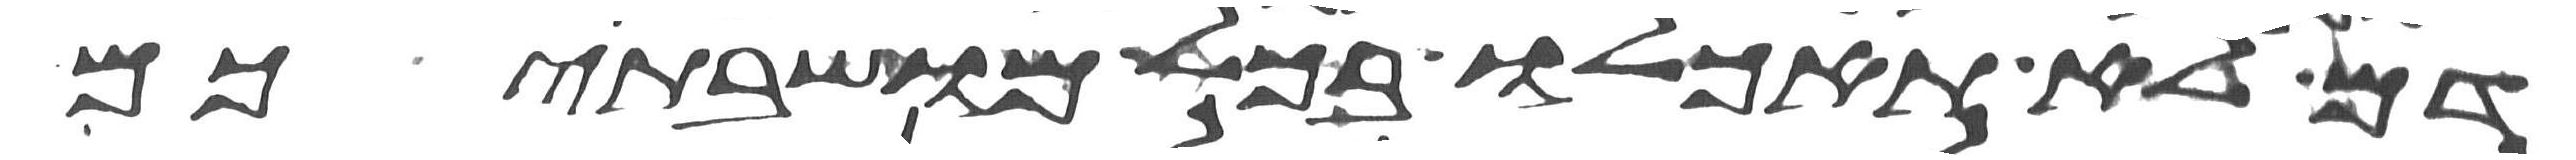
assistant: דם לא תאכלו בכל מושבתיכם